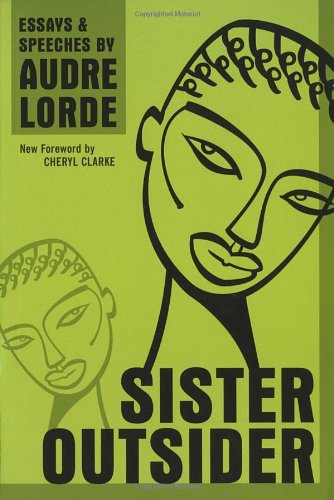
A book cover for Sister Outsider: Essays and Speeches (Crossing Press Feminist Series); Audre Lorde; Literature & Fiction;